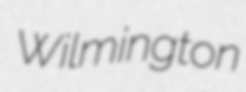
Wilmington